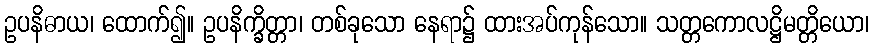
ဥပနိဓာယ၊ ထောက်၍။ ဥပနိက္ခိတ္တာ၊ တစ်ခုသော နေရာ၌ ထားအပ်ကုန်သော။ သတ္တကောလဋ္ဌိမတ္တိယော၊